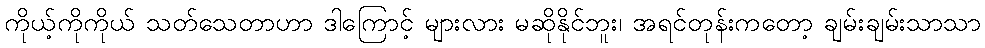
ကိုယ့်ကိုကိုယ် သတ်သေတာဟာ ဒါကြောင့် များလား မဆိုနိုင်ဘူး၊ အရင်တုန်းကတော့ ချမ်းချမ်းသာသာ